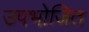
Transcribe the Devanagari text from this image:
उपभोजित